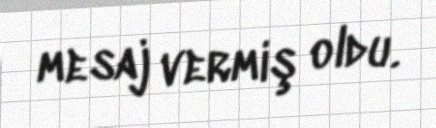
mesaj vermiş oldu.